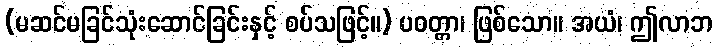
(မဆင်မခြင်သုံးဆောင်ခြင်းနှင့် စပ်သဖြင့်။) ပဝတ္တာ၊ ဖြစ်သော။ အယံ၊ ဤလာဘ